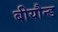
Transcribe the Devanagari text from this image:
बीयौन्ड